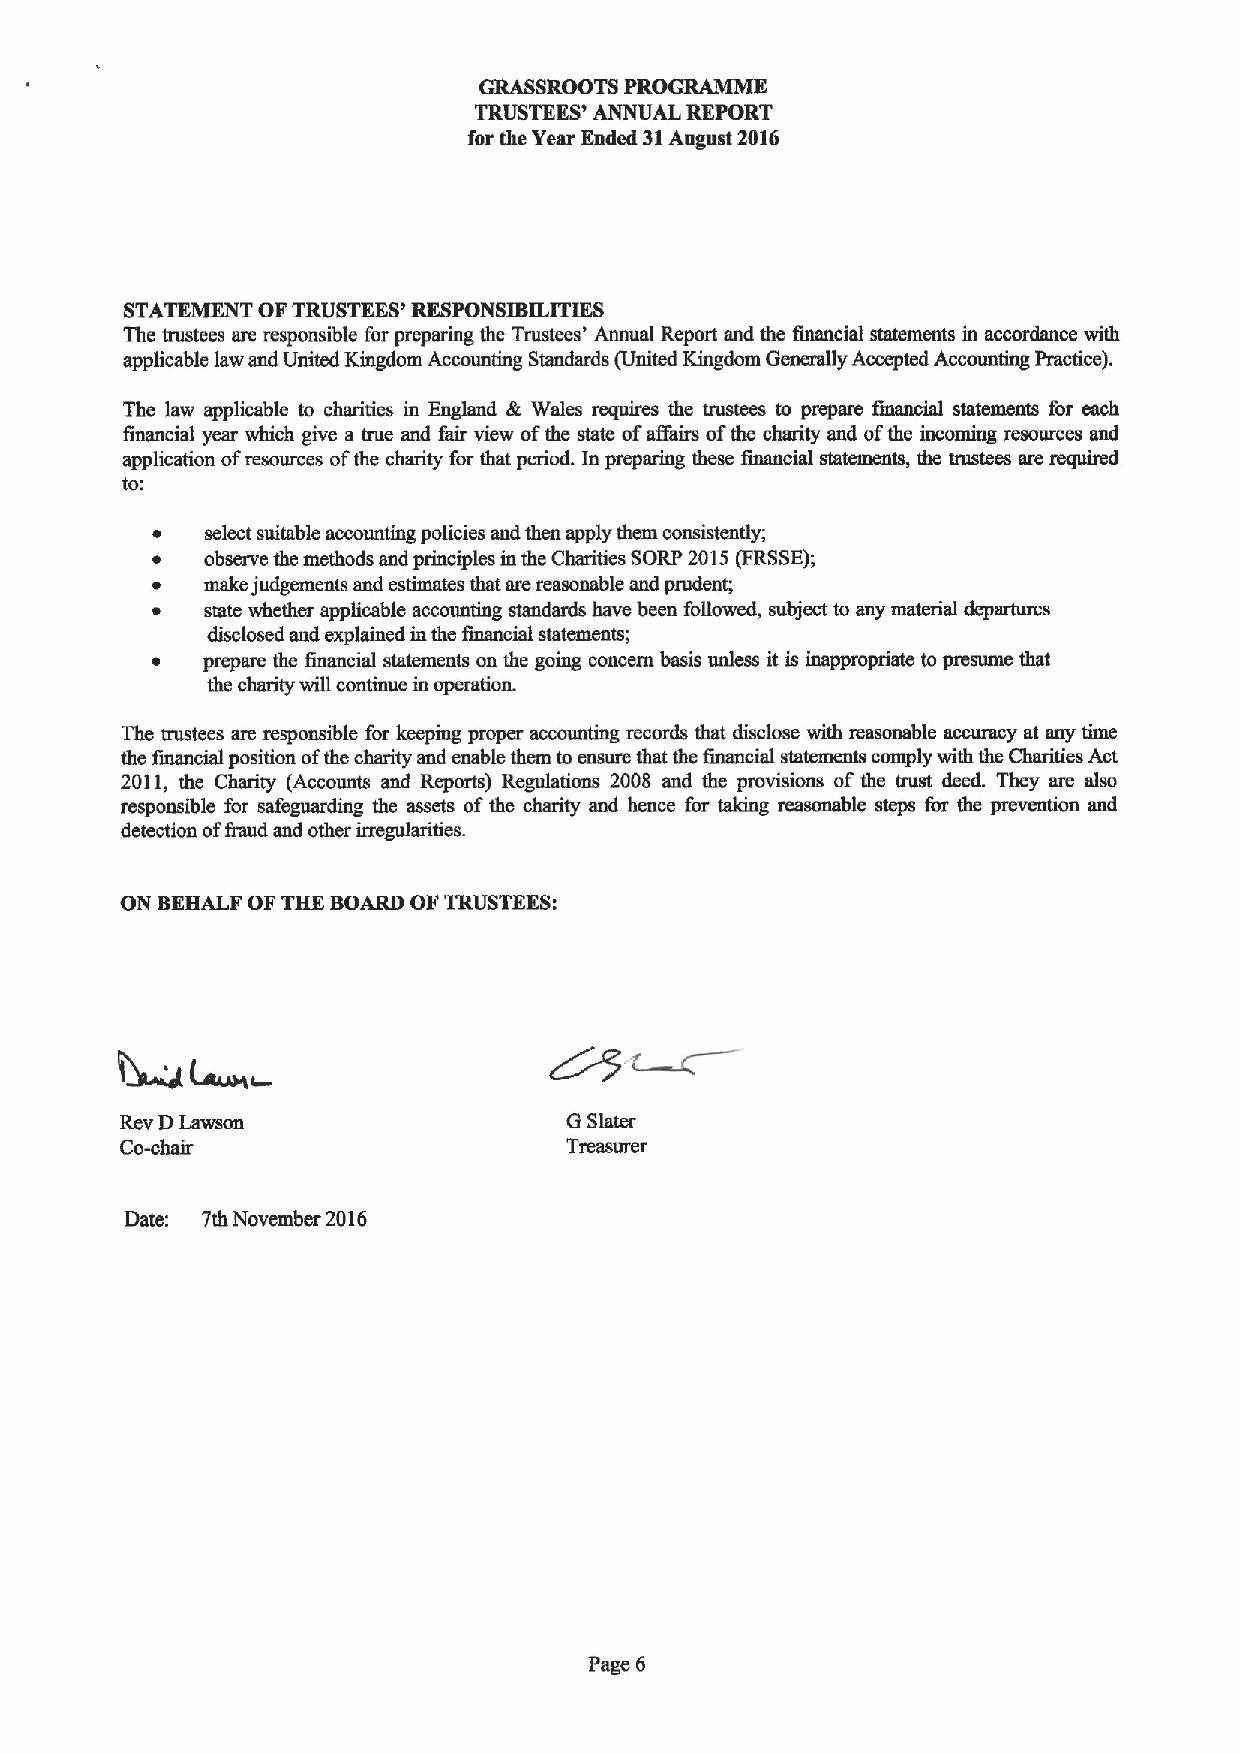
GRASSROOTS PROGRAMME
 TRUSTEES' ANNUAL REPORT
 for the Year Ended 31August 2016
 STATEMENT OFTRUSTEES' RESPONSIBILITIES
 The trustees am responsible for preparing the Trustees' Annual Report and the financial statements in accordance with
 applicable law and United Kingdom Accounting Standards (United Kingdom Generally Accepted Accounting Practice).
 The law applicable to charities in England dt, Wales requires the trustees to prepare financial statements for each
 financial year which give a true and fair view ofthe state ofafihirs ofthe charity and ofthe incoming resources and
 application ofresources ofthe charity for that period. In preparing these financial statements, the trustees are required
 to:
 select suitable accounting policies and then apply them consistently;
 observe the methods and principles in the Charities SORP 2015(FRSSE);
 make judgements and estimates that are reasonable and prudent;
 state whether applicable accounting standards have been followed, subject to any material departures
 disclosed and explained inthe financial statements;
 prepam the financial statements on the going concern basis unless it is inappropriate to presume that
 the charity will continue in operation.
 The trustees are responsible for keeping proper accounting records that disclose with reasonable accuracy at any time
 the financial position ofthe charity and enable them to ensure that the financial statements comply with the Charities Act
 2011, the Charity (Accounts and Reports) Regulations 2008 and the provisions of the trust deed. They am also
 responsible for safeguarding the assets ofthe charity and hence for taking reasonable steps for the prevention and
 detection ofBaud and other irregularities.
 ON BEHALF OF THE BOARD OFTRUSTEES:
 Rev DLawson                  GSister
 Co-clmir                     Tfeasllref
 Date: 7th November 2016
 Page 6